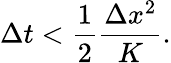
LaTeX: \Delta t<\frac{1}{2}\frac{\Delta x^{2}}{K}.